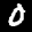
Label: 0